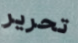
تحرير